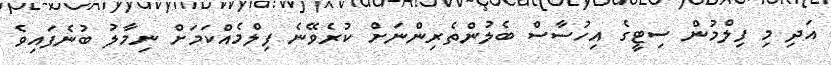
އަދި މި ފިލްމުން ސިޓީގެ އިހުސާސް ބެލުންތެރިންނަށް ކުރެވޭނެ ފިލްމެއްކަމަށް ނިމާލު ބުނެފައިވެ